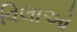
વિલાઓ